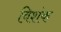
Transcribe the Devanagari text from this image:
विशंक